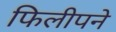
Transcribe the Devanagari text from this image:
फिलीपने